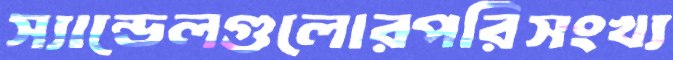
স্যান্ডেলগুলোরপরিসংখ্য